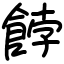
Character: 餑